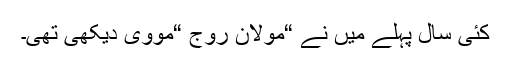
کئی سال پہلے میں نے “مولان روج “مووی دیکھی تھی۔